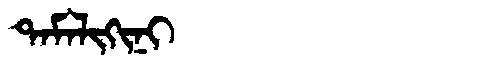
Manchu: ᡨᠠᠮᠠᠯᡳᡴᡳᠨᡳ
Romanization: TAMALIKINI